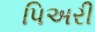
પિઅરી